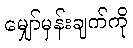
မျှော်မှန်းချက်ကို